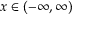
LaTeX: x \in ( - \infty , \infty )